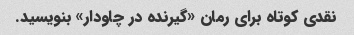
نقدی کوتاه برای رمان «گیرنده در چاودار» بنویسید.